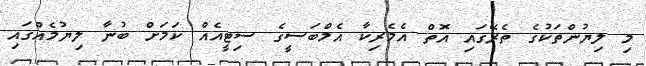
މި ލިޔުންތަކުގެ ތެރޭގައި އޮތް އެމެރިކާ އެމްބަސީގެ ސިޓީއެއް ކަމަށް ބުނާ ލިޔުމެއްގައި